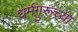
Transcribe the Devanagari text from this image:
धर्मगुरूच्या